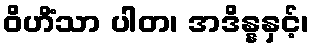
ဝိဟိံသာ ပါတ၊ အဒိန္နနှင့်၊